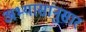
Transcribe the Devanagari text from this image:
अभ्यासांनुसार